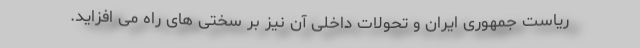
ریاست جمهوری ایران و تحولات داخلی آن نیز بر سختی های راه می افزاید.